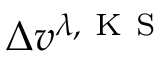
\Delta v ^ { \lambda , \mathrm { ~ K ~ S ~ } }